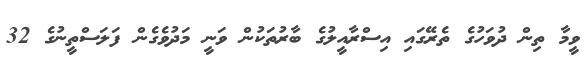
ވީމާ ތިން ދުވަހުގެ ތެރޭގައި އިސްރާއީލުގެ ބާރުތަކުން ވަނީ މަދުވެގެން ފަލަސްތީނުގެ 32